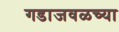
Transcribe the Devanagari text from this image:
गडाजवळच्या